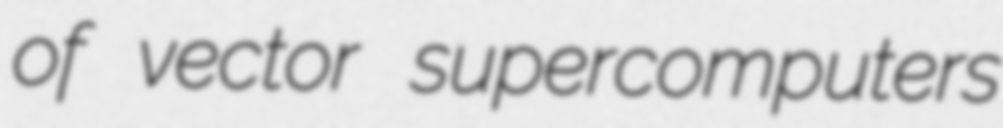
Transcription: of vector supercomputers